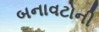
બનાવટોની